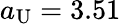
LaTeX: a_{\mathrm{U}}=3.51